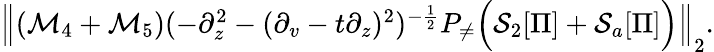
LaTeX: \begin{array}{r}{\left\| (\mathcal{M}_{4}+\mathcal{M}_{5})(-\partial_{z}^{2}-(\partial_{v}-t\partial_{z})^{2})^{-\frac 12}P_{\neq}\Big(\mathcal{S}_{2}[\Pi]+\mathcal{S}_{a}[\Pi]\Big)\right\| _{2}.}\end{array}